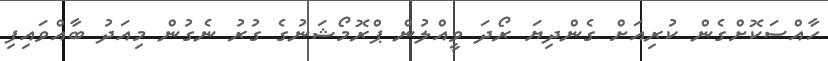
ހާއްސަކޮށްގެން ކުރިއަށް ގެންދިޔަ ރޯދަ ވީއްލުން ޕްރޮމޯޝަނުގެ ގުރު ނެގުން މިއަދު ބާއްވައިފި